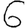
Digit: 6